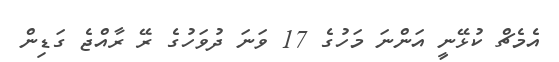
އެމެޗް ކުޅޭނީ އަންނަ މަހުގެ 17 ވަނަ ދުވަހުގެ ރޭ ރާއްޖެ ގަޑިން